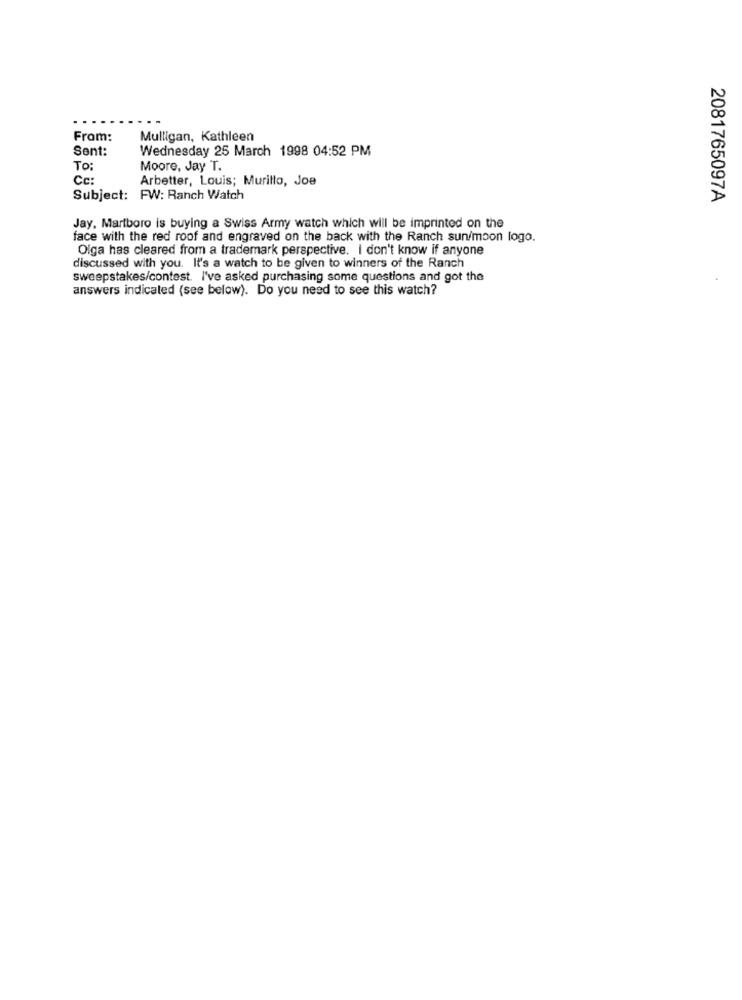
From:
Mulligan, Kathleen
Sent:
Wednesday 25 March 1998 04:52 PM
TO:
Moore, Jay T.
Cc:
Arbetter, Louis; Murillo, Joe
Subject: FW: Ranch Watch
2081765097A
Jay, Marlboro is buying a Swiss Army watch which will be imprinted on the
face with the red roof and engraved on the back with the Ranch sunimoon logo.
Olga has cleared from a trademark perspective. I don't know if anyone
discussed with you. It's a watch to be given to winners of the Ranch
sweepstakes/contest. I've asked purchasing some questions and got the
answers indicated (see below). Do you need to see this watch?